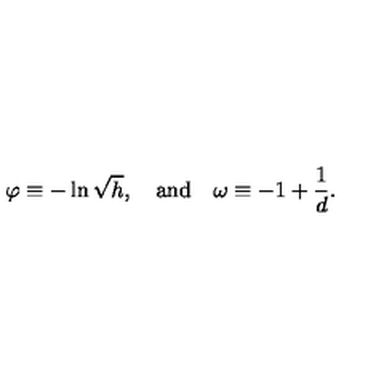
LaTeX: \varphi \equiv - \ln \sqrt { h } , \quad \mathrm { a n d } \quad \omega \equiv - 1 + \frac { 1 } { d } .